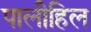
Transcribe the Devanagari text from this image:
पालीहिल